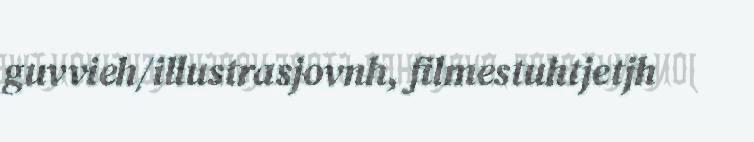
guvvieh/illustrasjovnh, filmestuhtjetjh